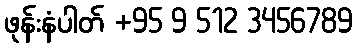
ဖုန်းနံပါတ် +95 9 512 3456789